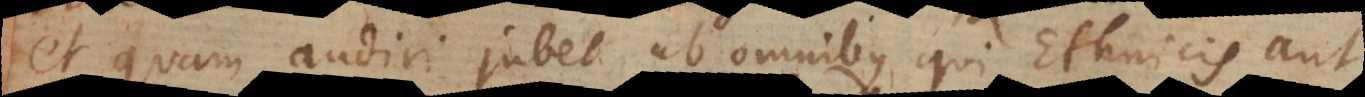
et quam audiri jubet ab omnibus qui ethnicis aut